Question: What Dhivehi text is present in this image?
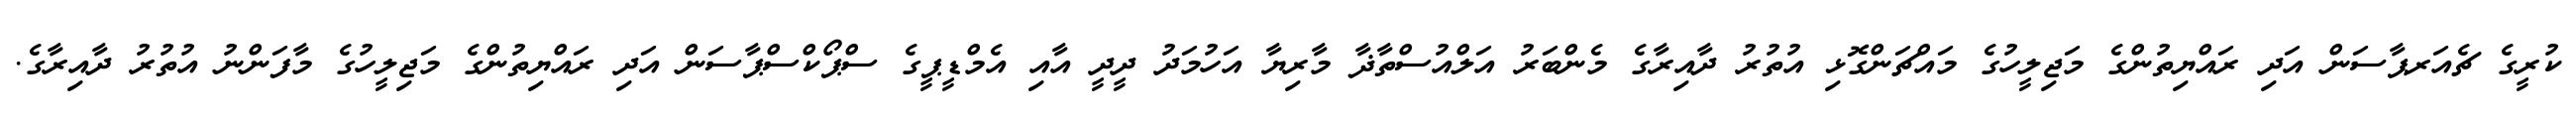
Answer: ކުރީގެ ޗެއަރޕާސަން އަދި ރައްޔިތުންގެ މަޖިލީހުގެ މައްޗަންގޮޅި އުތުރު ދާއިރާގެ މެންބަރު އަލްއުސްތާޛާ މާރިޔާ އަހުމަދު ދީދީ އާއި އެމްޑީޕީގެ ސްޕޯކްސްޕާސަން އަދި ރައްޔިތުންގެ މަޖިލީހުގެ މާފަންނު އުތުރު ދާއިރާގެ.